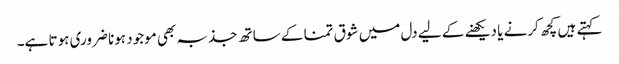
کہتے ہیں کچھ کرنے یا دیکھنے کے لیے دل میں شوق تمنا کے ساتھ جذبہ بھی موجود ہونا ضروری ہوتا ہے۔